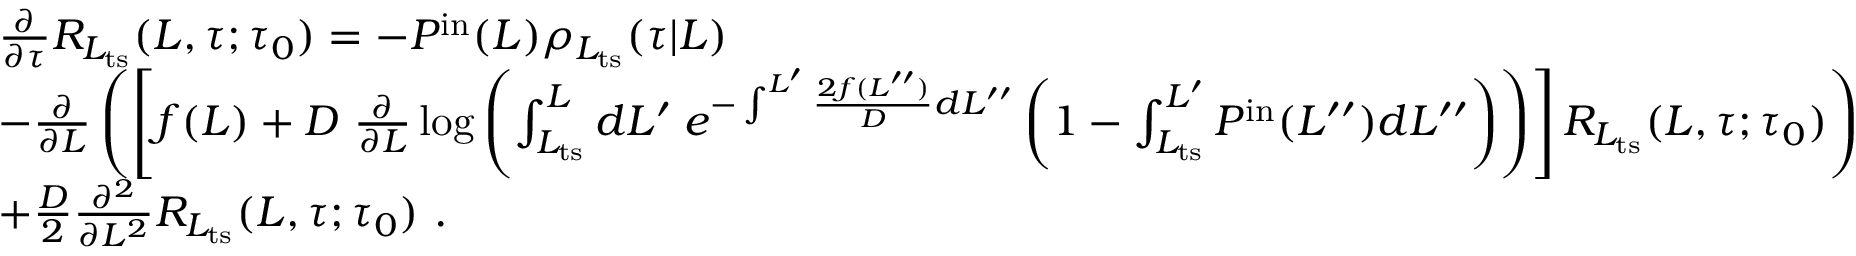
\begin{array} { r l } & { \frac { \partial } { \partial \tau } R _ { L _ { \mathrm { t s } } } ( L , \tau ; \tau _ { 0 } ) = - P ^ { \mathrm { i n } } ( L ) \rho _ { L _ { \mathrm { t s } } } ( \tau | L ) } \\ & { - \frac { \partial } { \partial L } \left( \left[ f ( L ) + D \ \frac { \partial } { \partial L } \log \left( \int _ { L _ { \mathrm { t s } } } ^ { L } d L ^ { \prime } \; e ^ { - \int ^ { L ^ { \prime } } \frac { 2 f ( L ^ { \prime \prime } ) } { D } d L ^ { \prime \prime } } \left( 1 - \int _ { L _ { \mathrm { t s } } } ^ { L ^ { \prime } } P ^ { \mathrm { i n } } ( L ^ { \prime \prime } ) d L ^ { \prime \prime } \right) \right) \right] R _ { L _ { \mathrm { t s } } } ( L , \tau ; \tau _ { 0 } ) \right) } \\ & { + \frac { D } { 2 } \frac { \partial ^ { 2 } } { \partial L ^ { 2 } } R _ { L _ { \mathrm { t s } } } ( L , \tau ; \tau _ { 0 } ) \ . } \end{array}